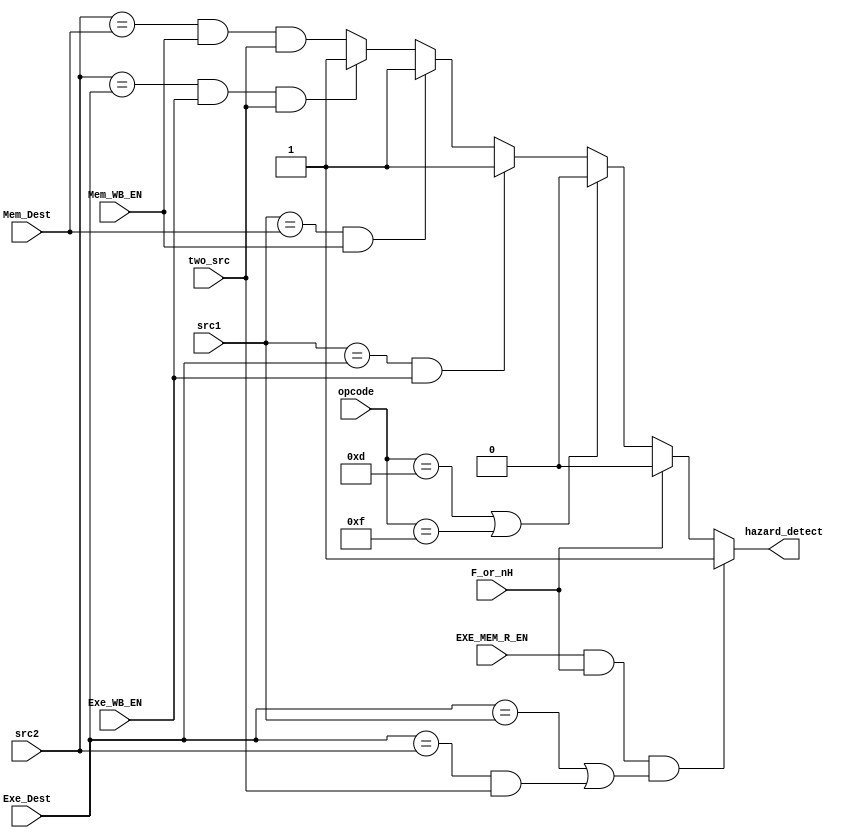
module HazardDetectionUnit (
    EXE_MEM_R_EN,
    F_or_nH,
    opcode,
    src1,
    src2,
    two_src,
    Exe_Dest,
    Exe_WB_EN,
    Mem_Dest,
    Mem_WB_EN,
    hazard_detect
);
    
    input[3:0] src1, src2, Mem_Dest, Exe_Dest, opcode;
    input Exe_WB_EN, Mem_WB_EN, two_src;
    input EXE_MEM_R_EN, F_or_nH;

    output hazard_detect;
    assign hazard_detect =  (EXE_MEM_R_EN == 1'b1 && F_or_nH && (Exe_Dest == src1 || (Exe_Dest == src2 && two_src == 1'b1))) ? 1'b1 :
                            F_or_nH ? 1'b0 : ~(opcode == 4'b1101 || opcode == 4'b1111) ?
                            ((src1 == Exe_Dest)&&(Exe_WB_EN == 1'b1)) ? 1'b1 :
                            ((src1 == Mem_Dest)&&(Mem_WB_EN == 1'b1)) ? 1'b1 :
                            ((src2 == Exe_Dest)&&(Exe_WB_EN == 1'b1)&&(two_src == 1'b1)) ? 1'b1 :
                            ((src2 == Mem_Dest)&&(Mem_WB_EN == 1'b1)&&(two_src == 1'b1)) : 1'b0;

    endmodule